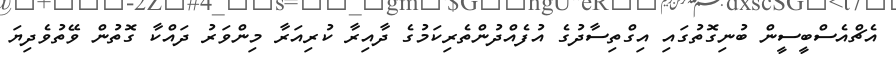
އެޗްއެސްބީސީން ބުނިގޮތުގައި އިގްތިސާދުގެ އުފެއްދުންތެރިކަމުގެ ދާއިރާ ކުރިއަރާ މިންވަރު ދައްކާ ގޮތުން ވޭތުވެދިޔަ